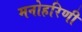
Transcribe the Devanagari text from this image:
मनोहरिणी